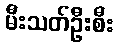
မီးသတ်ဦးစီး